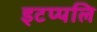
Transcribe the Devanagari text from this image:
इटप्पलि